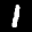
Label: 1